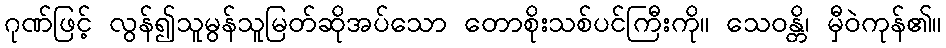
ဂုဏ်ဖြင့် လွန်၍သူမွန်သူမြတ်ဆိုအပ်သော တောစိုးသစ်ပင်ကြီးကို။ သေဝန္တိ၊ မှီဝဲကုန်၏။